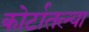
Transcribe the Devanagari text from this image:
कोर्टातल्या